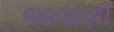
જાગાણી